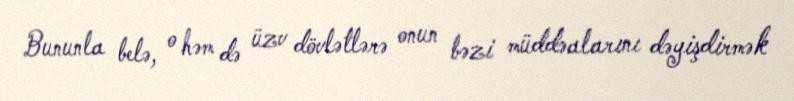
Bununla belə, o həm də üzv dövlətlərə onun bəzi müddəalarını dəyişdirmək